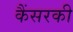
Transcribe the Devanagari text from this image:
कैंसरकी